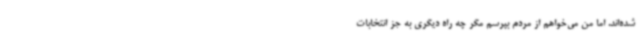
شده‌اند. اما من می‌خواهم از مردم بپرسم مگر چه راه دیگری به جز انتخابات